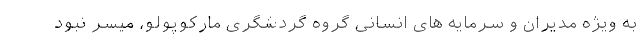
به ویژه مدیران و سرمایه های انسانی گروه گردشگری مارکوپولو، میسر نبود